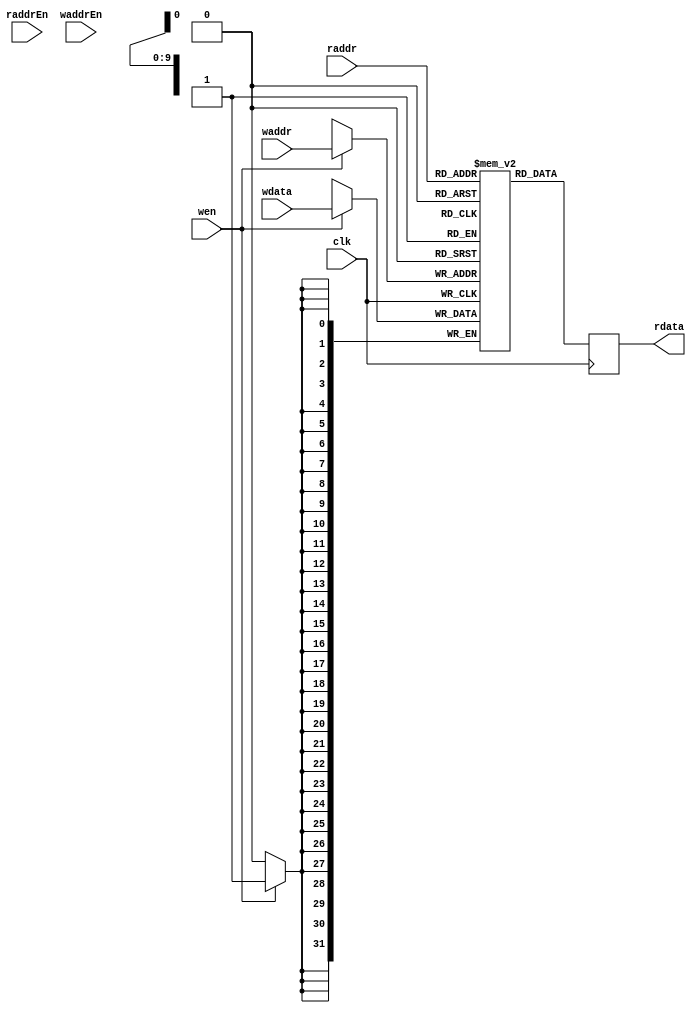
module SRAMVerilogAWS
#(
    parameter WORDS = 1024,
    parameter AWIDTH = 10,
    parameter DWIDTH = 32)
(
    input clk,
    input [AWIDTH-1:0] raddr,
    input [AWIDTH-1:0] waddr,
    input raddrEn,
    input waddrEn,
    input wen,
    input [DWIDTH-1:0] wdata,
    output reg [DWIDTH-1:0] rdata
);

    reg [DWIDTH-1:0] mem [0:WORDS-1];

    always @(posedge clk) begin
      if (wen) mem[waddr] <= wdata;
      rdata <= mem[raddr];
    end

endmodule